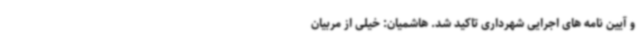
و آیین نامه های اجرایی شهرداری تاکید شد. هاشمیان: خیلی از مربیان